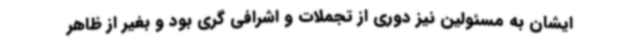
ایشان به مسئولین نیز دوری از تجملات و اشرافی گری بود و بغیر از ظاهر